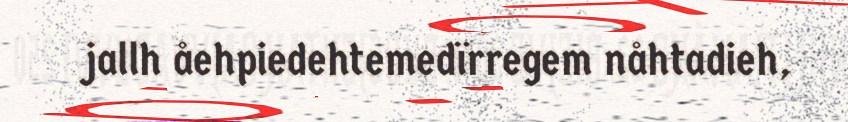
jallh åehpiedehtemedïrregem nåhtadieh,